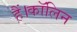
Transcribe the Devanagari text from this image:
हैं।कॉलिन